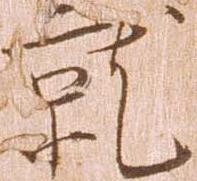
就